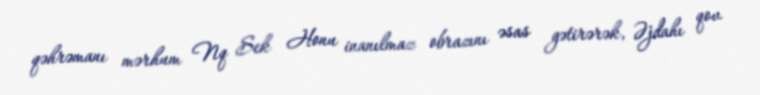
qəhrəmanı mərhum Nq Sek Honu inanılmaz obrazını əsas gətirərək, Əjdahı qov